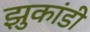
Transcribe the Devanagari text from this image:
झुकांडी